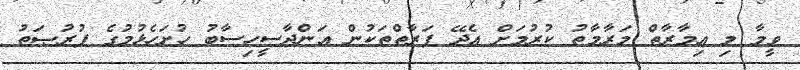
ވީމާ މި ޢިމާރާތް މަރާމާތު ކުރުމަށް އެދޭ ފަރާތްތަކުން އަންދާސީހިސާބު ހުށަހެޅުމުގެ ފުރުޞަތު